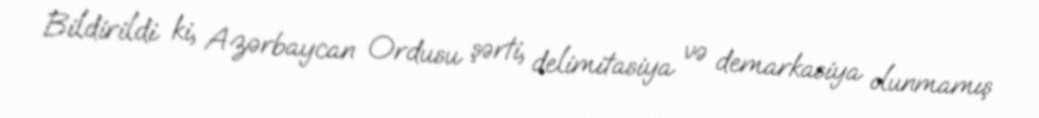
Bildirildi ki, Azərbaycan Ordusu şərti, delimitasiya və demarkasiya olunmamış